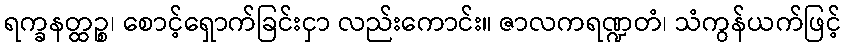
ရက္ခနတ္ထဉ္စ၊ စောင့်ရှောက်ခြင်းငှာ လည်းကောင်း။ ဇာလကရဏ္ဍတံ၊ သံကွန်ယက်ဖြင့်